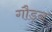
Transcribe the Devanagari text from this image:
गौड़न